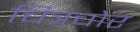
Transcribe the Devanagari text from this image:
चित्रचोर